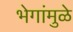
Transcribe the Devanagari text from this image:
भेगांमुळे